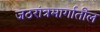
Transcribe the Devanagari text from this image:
जठरांत्रमार्गातील